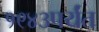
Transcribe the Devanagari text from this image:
१९४३पर्यंत